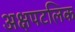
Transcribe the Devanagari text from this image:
अक्षपटलिक